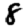
Digit: 8